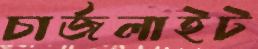
চার্জলাইট